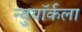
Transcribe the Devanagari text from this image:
न्युयॉर्कला